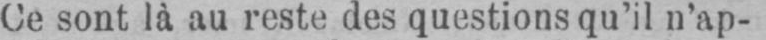
Ce sont là au reste des questions qu’il n’ap-